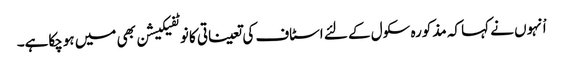
اْنہوں نے کہا کہ مذکورہ سکول کے لئے اسٹاف کی تعیناتی کا نوٹفیکیشن بھی میں ہوچکاہے۔